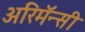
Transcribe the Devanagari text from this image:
अरिमॅन्सी